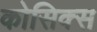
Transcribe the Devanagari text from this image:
कोसिक्स